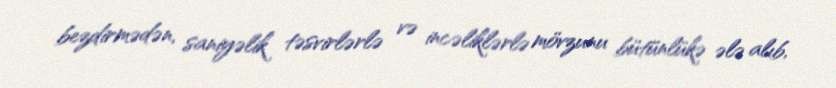
bezdirmədən, saniyəlik təsvirlərlə və incəliklərlə mövzunu bütünlükə ələ alıb,